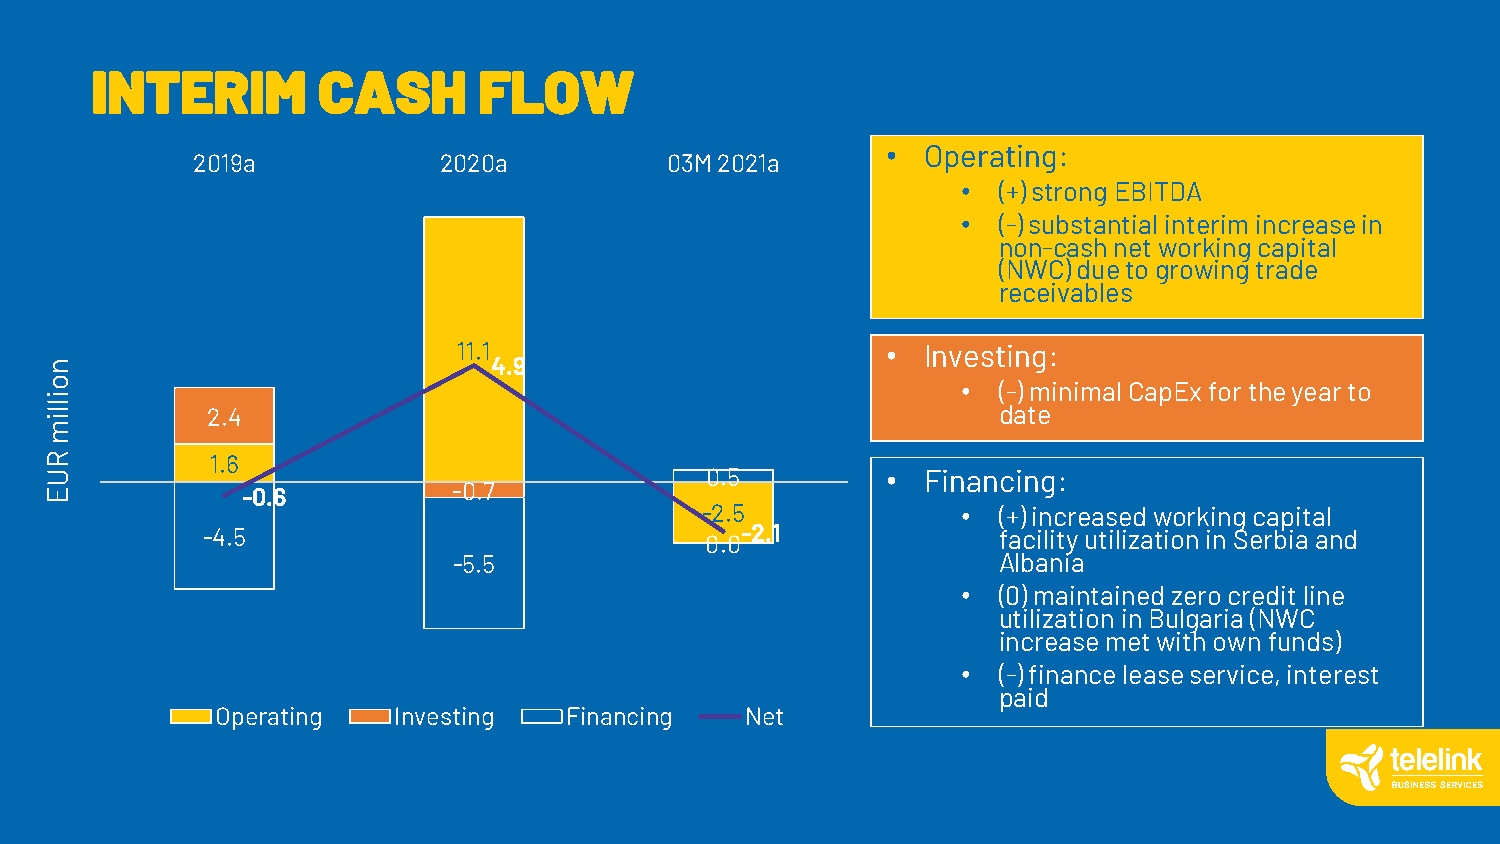
INTERIM        CASH       FLOW
 • Operating:
 2019a           2020a          03M 2021a
 • (+) strong EBITDA
 • (-) substantial interim increase in
 non-cash net working capital
 (NWC)due to growing trade
 receivables
 11.1                         • Investing:
 n                             4.9
 o                                                            • (-) minimal CapExfor the year to
 i
 l l i      2.4                                                 date
 m
 R          1.6
 U                                           0.5         • Financing:
 E            -0.6          -0.7
 -2.5              • (+) increased working capital
 -4.5                              0.0-2.1            facility utilization in Serbia and
 -5.5                                Albania
 • (0) maintained zero credit line
 utilization in Bulgaria (NWC
 increase met with own funds)
 • (-) finance lease service, interest
 paid
 Operating   Investing  Financing   Net